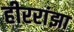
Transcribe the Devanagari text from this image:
हीररांझा